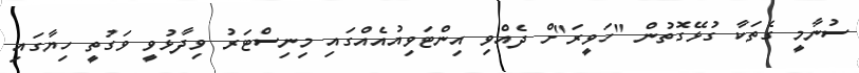
ސުނާމީ ގެތަކާ ގުޅޭގޮތުން "ހަވީރަ"ށް ދެއްވި އިންޓަވިއުއެއްގައި މިނިސްޓަރު ވިދާޅުވީ ވަގުތީ ހިޔާގައި